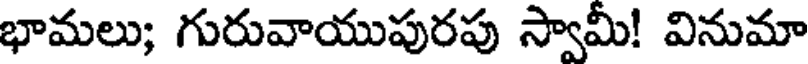
భామలు; గురువాయుపురపు స్వామీ! వినుమా